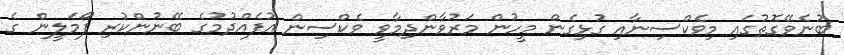
ބުނެވޭގޮތުގައި މިވެކްސިނާއި ގުޅިގެން މީހުން މަރުވާންދިމާވީ ވެކްސިން އުފެއްދުމުގެ ބޭނުންކުރި ފޯމަލީން ގެ